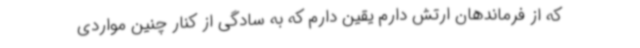
که از فرماندهان ارتش دارم یقین دارم که به سادگی از کنار چنین مواردی